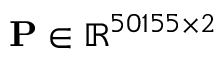
\mathbf { P } \in \mathbb { R } ^ { 5 0 1 5 5 \times 2 }